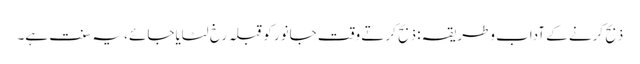
ذبح کرنے کے آداب وطریقہ : ذبح کرتے وقت جانور کوقبلہ رخ لٹایاجائے ، یہ سنت ہے۔